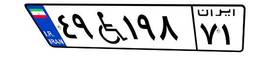
۴۹W۱۹۸۷۱